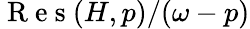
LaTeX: \mathrm{~R~e~s~}(H,p)/(\omega-p)